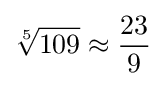
{\sqrt[{5}]{109}}\approx {\frac {23}{9}}